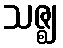
သဇ္ဈ